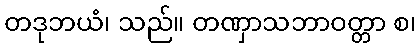
တဒုဘယံ၊ သည်။ တဏှာသဘာဝတ္တာ စ၊